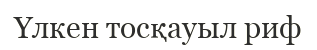
Үлкен тосқауыл риф